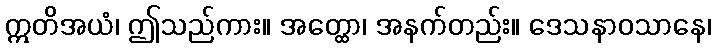
ဣတိအယံ၊ ဤသည်ကား။ အတ္ထော၊ အနက်တည်း။ ဒေသနာဝသာနေ၊